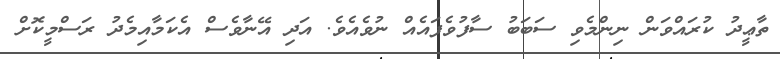
ތާޢީދު ކުރައްވަން ނިންމެވި ސަބަބު ސާފުވެފައެއް ނުވެއެވެ. އަދި އޭނާވެސް އެކަމާއިމެދު ރަސްމީކޮށް